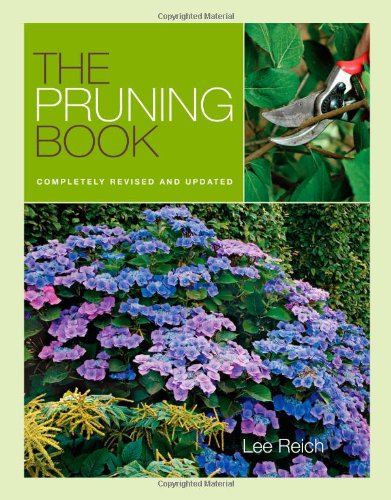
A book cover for The Pruning Book: Completely Revised and Updated; Lee Reich; Crafts, Hobbies & Home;